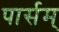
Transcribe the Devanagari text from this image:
पार्सम्